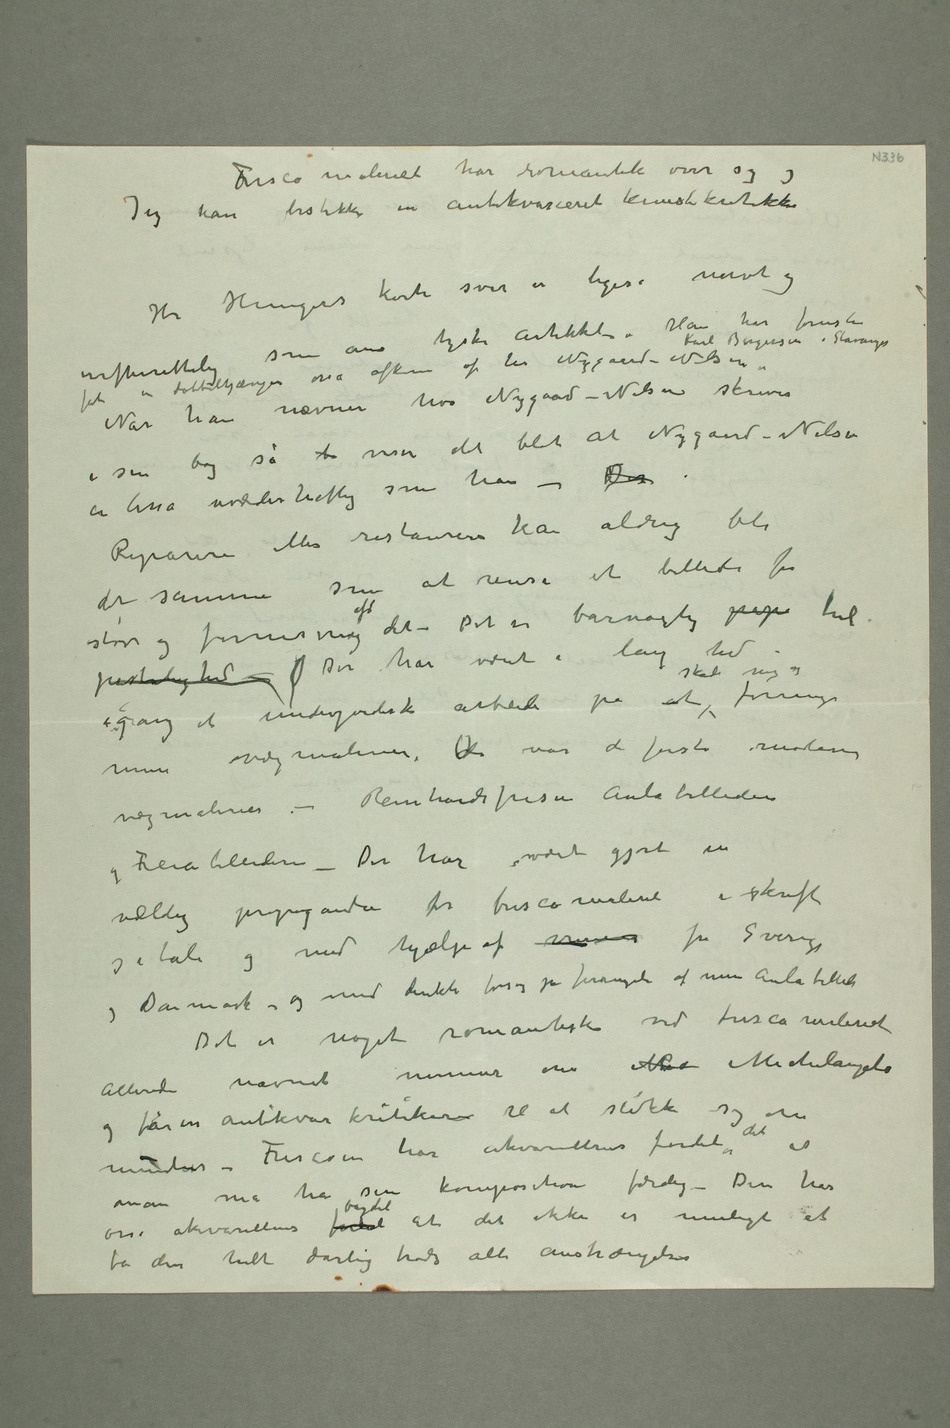
Frescomaleriet har romantik over sig og
Jeg kan bestikke en antikvarieret kunstkritikker
Hr Henigers korte svar er ligeså naivt og
hva Nygaard-Nilsen skriver i sin
bog så b viser det blot at Nygaard-Nilsen
er lisså uvæderheftig som
som at rense et billede for støv
af det – Det er barnagtig pap tul
igang et underjordisk arbeide på at skade mig og forringe mine
vægmalerier. dDer var de første moderne
vægmalerier – Reinhardtfrisen Aulabillederne
Freiabillederne – Der har vært gjort en
og i tale og med hjælp af venner fra Sverige og
Danmark – og med direkte forsøg på forringelse af mine Aulabilleder
Det er noget romantisk over frescomaleriet
Allerede navnet minner om Mic Michelangelo
og får en antikvar kritiker til at slikke sig om
munden – Frescoen har akvarellens fordel det at man
må ha sin komposition færdig – Den har
osså akvarellens fordel bagdel at det ikke er muligt at
få den helt dårlig trods alle anstrængelser